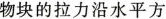
物块的拉力沿水平方